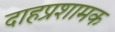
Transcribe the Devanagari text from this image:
दाहप्रशामक